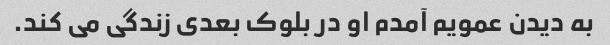
به دیدن عمویم آمدم او در بلوک بعدی زندگی می کند.